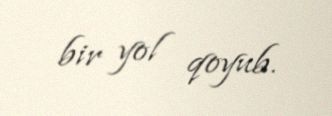
bir yol qoyub.